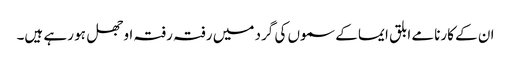
ان کے کارنامے ابلق ایما کے سموں کی گرد میں رفتہ رفتہ اوجھل ہو رہے ہیں۔